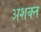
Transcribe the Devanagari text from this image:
अशक्‍त